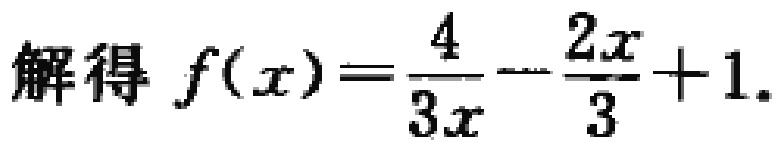
解得 \(f(x)=\frac{4}{3x}-\frac{2x}{3}+1\).